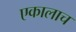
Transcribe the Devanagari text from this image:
एकालाच